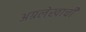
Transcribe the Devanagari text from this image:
अग्रलेखाची